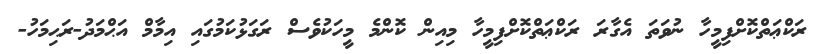
ރަކްޢަތްކޮށްފިމީހާ ނުވަތަ އެގާރަ ރަކްޢަތްކޮށްފިމީހާ މިއިން ކޮންމެ މީހަކުވެސް ރަގަޅުކަމުގައި އިމާމް އަޙްމަދު-ރަޙިމަހު-